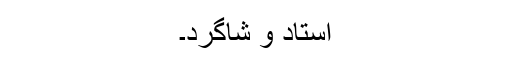
استاد و شاگرد۔